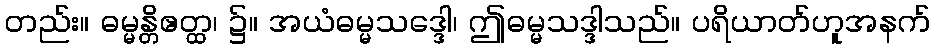
တည်း။ ဓမ္မန္တိဧတ္ထ၊ ၌။ အယံဓမ္မသဒ္ဒေါ၊ ဤဓမ္မသဒ္ဒါသည်။ ပရိယာတ်ဟူအနက်